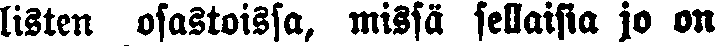
listen osastoissa, missä sellaisia jo on